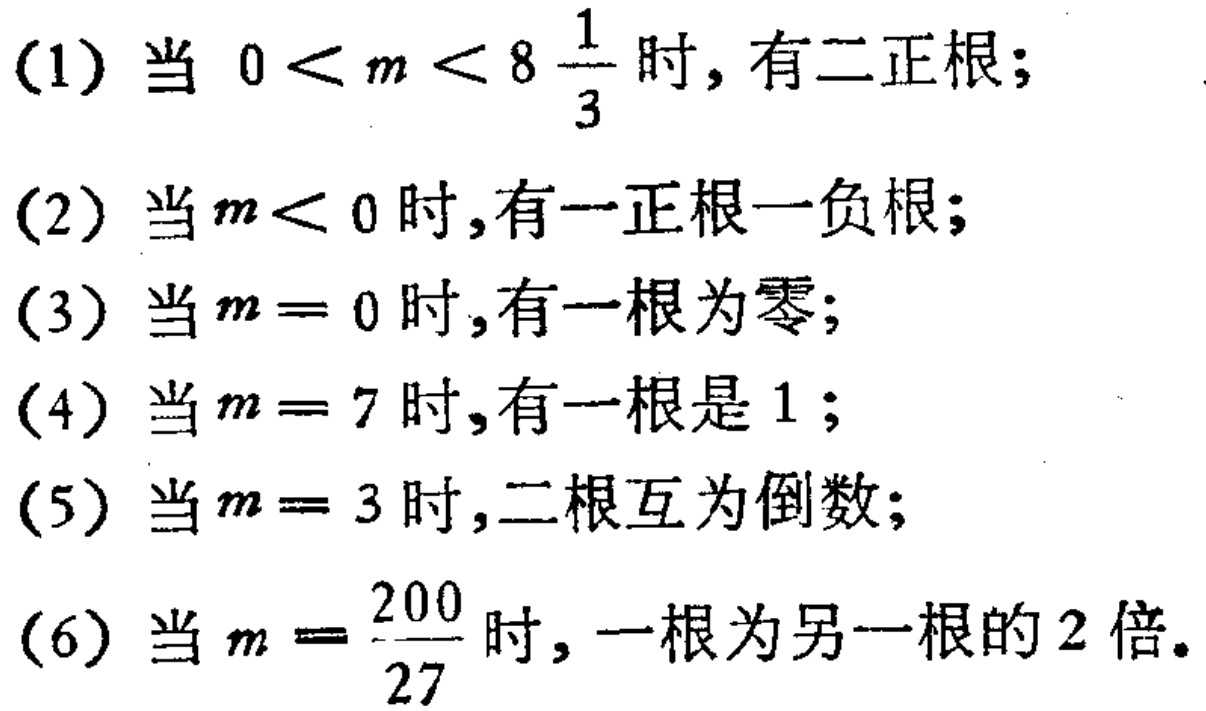
(1) 当 \(0 < m < 8\frac{1}{3}\) 时, 有二正根;
(2) 当 \(m < 0\) 时,有一正根一负根;
(3) 当 \(m = 0\) 时,有一根为零;
(4) 当 \(m = 7\) 时,有一根是 \(1\);
(5) 当 \(m = 3\) 时,二根互为倒数;
(6) 当 \(m=\frac{200}{27}\) 时, 一根为另一根的 \(2\) 倍.